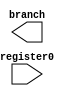
module branch_logic (input [7:0] register0, output branch);



endmodule